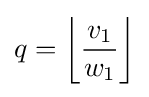
q=\left\lfloor {\frac {v_{1}}{w_{1}}}\right\rfloor